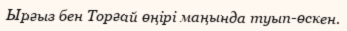
Ырғыз бен Торғай өңірі маңында туып-өскен.